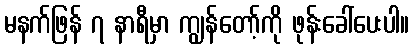
မနက်ဖြန် ၇ နာရီမှာ ကျွန်တော့်ကို ဖုန်းခေါ်ပေးပါ။